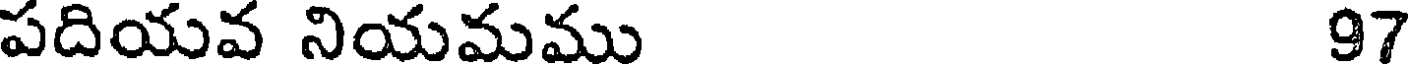
పదియవ నియమము 97